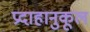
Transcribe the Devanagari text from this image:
प्रदाहानुकूल